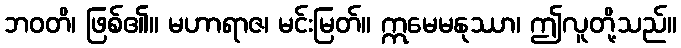
ဘဝတိ၊ ဖြစ်၏။ မဟာရာဇ၊ မင်းမြတ်။ ဣမေမနုဿာ၊ ဤလူတို့သည်။